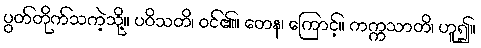
ပွတ်တိုက်သကဲ့သို့။ ပဝိသတိ၊ ဝင်၏။ တေန၊ ကြောင့်။ ကက္ကသာတိ၊ ဟူ၍။